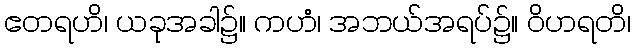
ဧတရဟိ၊ ယခုအခါ၌။ ကဟံ၊ အဘယ်အရပ်၌။ ဝိဟရတိ၊